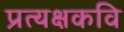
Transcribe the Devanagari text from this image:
प्रत्यक्षकवि